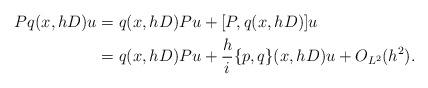
LaTeX: \begin{align*}Pq(x,hD)u&=q(x,hD)Pu+[P,q(x,hD)]u\\&=q(x,hD)Pu+\frac{h}{i}\{p,q\}(x,hD)u+O_{L^2}(h^2).\end{align*}